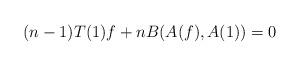
LaTeX: \begin{align*} (n-1)T(1)f+nB(A(f), A(1))=0\end{align*}